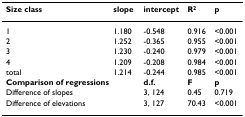
<table><thead><tr><td><b>Size class</b></td><td><b>slope</b></td><td><b>intercept</b></td><td><b>R<sup>2</sup></b></td><td><b>p</b></td></tr></thead><tbody><tr><td>1</td><td>1.180</td><td>-0.548</td><td>0.916</td><td>&lt;0.001</td></tr><tr><td>2</td><td>1.252</td><td>-0.365</td><td>0.955</td><td>&lt;0.001</td></tr><tr><td>3</td><td>1.230</td><td>-0.240</td><td>0.979</td><td>&lt;0.001</td></tr><tr><td>4</td><td>1.209</td><td>-0.208</td><td>0.984</td><td>&lt;0.001</td></tr><tr><td>total</td><td>1.214</td><td>-0.244</td><td>0.985</td><td>&lt;0.001</td></tr><tr><td colspan="2"><b>Comparison of regressions</b></td><td><b>d.f.</b></td><td><b>F</b></td><td><b>p</b></td></tr><tr><td colspan="2">Difference of slopes</td><td>3, 124</td><td>0.45</td><td>0.719</td></tr><tr><td colspan="2">Difference of elevations</td><td>3, 127</td><td>70.43</td><td>&lt;0.001</td></tr></tbody></table>